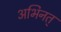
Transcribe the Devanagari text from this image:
अभिनत्